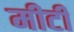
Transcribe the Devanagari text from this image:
मीटी